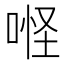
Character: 𠶔